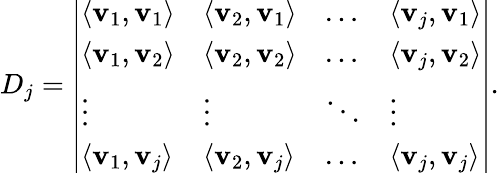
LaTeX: D_{j}={\left|\begin{array}{llll}{\langle\mathbf{v}_{1},\mathbf{v}_{1}\rangle}&{\langle\mathbf{v}_{2},\mathbf{v}_{1}\rangle}&{\dots}&{\langle\mathbf{v}_{j},\mathbf{v}_{1}\rangle}\\ {\langle\mathbf{v}_{1},\mathbf{v}_{2}\rangle}&{\langle\mathbf{v}_{2},\mathbf{v}_{2}\rangle}&{\dots}&{\langle\mathbf{v}_{j},\mathbf{v}_{2}\rangle}\\ {\vdots}&{\vdots}&{\ddots}&{\vdots}\\ {\langle\mathbf{v}_{1},\mathbf{v}_{j}\rangle}&{\langle\mathbf{v}_{2},\mathbf{v}_{j}\rangle}&{\dots}&{\langle\mathbf{v}_{j},\mathbf{v}_{j}\rangle}\end{array}\right|}.